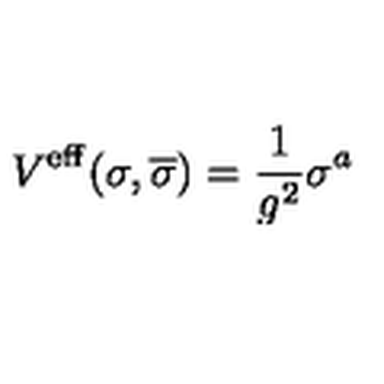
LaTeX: V ^ { \mathrm { e f f } } ( \sigma , \overline { { \sigma } } ) = \frac { 1 } { g ^ { 2 } } \sigma ^ { a }